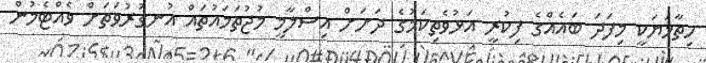
ހިތާމަޔަކީ މިފަދަ ބައެއްގެ ފިކުރީ އަޅުވެތިކަމުގެ ދަށަށް އިސްލާމީ މުޖުތަމައުތައް އުނގުރުވަތަށް ވެއްޓެމުން